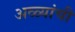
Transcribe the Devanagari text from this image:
अळ्यांची